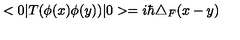
< 0 | T ( \phi ( x ) \phi ( y ) ) | 0 > = i \hbar \triangle _ { F } ( x - y )